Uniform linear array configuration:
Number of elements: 32
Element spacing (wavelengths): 0.75
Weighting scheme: binomial
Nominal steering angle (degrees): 45
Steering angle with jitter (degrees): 44.743
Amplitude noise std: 0.05
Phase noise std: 0.05

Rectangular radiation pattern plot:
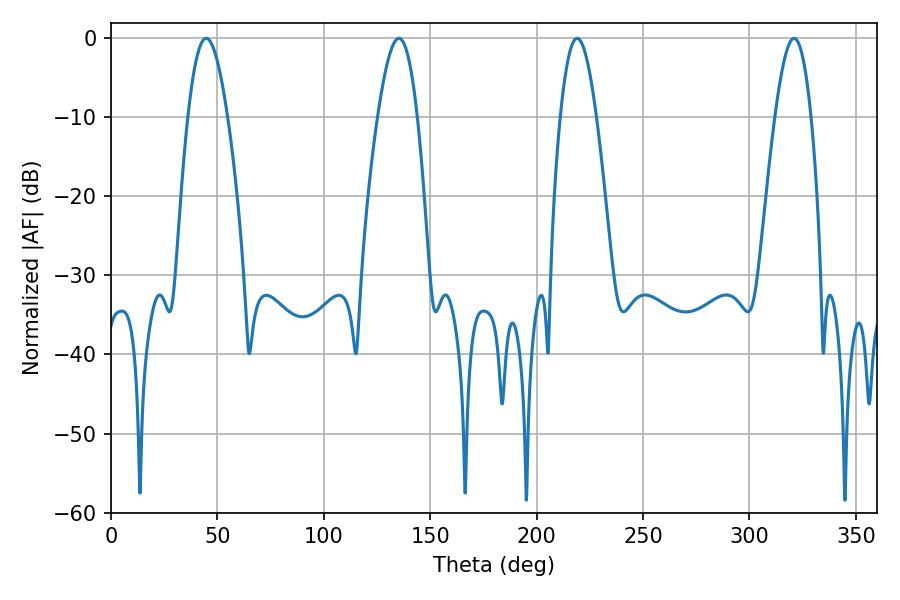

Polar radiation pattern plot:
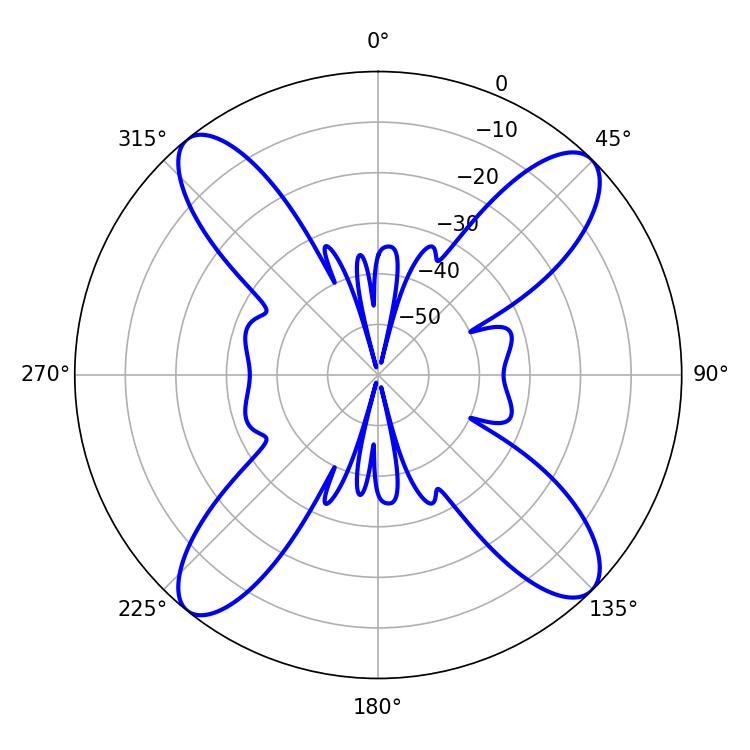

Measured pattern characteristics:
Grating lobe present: TRUE
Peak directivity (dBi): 16.076
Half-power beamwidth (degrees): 9.18
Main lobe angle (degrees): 219.06